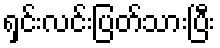
ရှင်းလင်းပြတ်သားပြီး